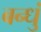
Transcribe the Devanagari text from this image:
बन्धुं